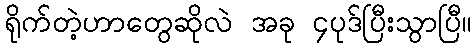
ရိုက်တဲ့ဟာတွေဆိုလဲ အခု ၄ပုဒ်ပြီးသွာပြီ။